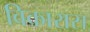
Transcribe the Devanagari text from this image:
विकारास